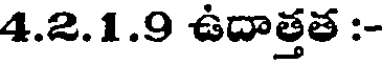
4.2.1.9 ఉదాత్తత :-